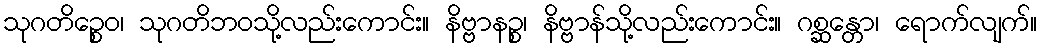
သုဂတိဉ္စေဝ၊ သုဂတိဘဝသို့လည်းကောင်း။ နိဗ္ဗာနဉ္စ၊ နိဗ္ဗာန်သို့လည်းကောင်း။ ဂစ္ဆန္တော၊ ရောက်လျက်။